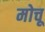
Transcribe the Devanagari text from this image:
मोचू